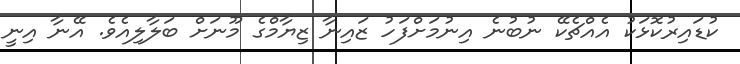
ކުޑައިރުކޮޅަކު އެއްޗެކޭ ނުބުނެ އިނުމަށްފަހު ޒައިނާ ޒިޔާމްގެ މޫނަށް ބަލާލިއެވެ. އޭނާ އިނީ